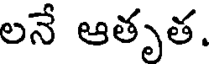
లనే ఆతృత.